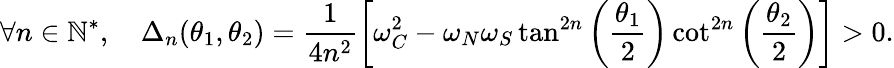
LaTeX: \forall n\in\mathbb{N}^{*},\quad\Delta_{n}(\theta_{1},\theta_{2})=\frac{1}{4n^{2}}\left[\omega_{C}^{2}-\omega_{N}\omega_{S}\tan^{2n}\left(\frac{\theta_{1}}{2}\right)\cot^{2n}\left(\frac{\theta_{2}}{2}\right)\right]>0.